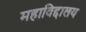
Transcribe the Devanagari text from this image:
महाविद्दालय